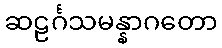
ဆဠင်္ဂသမန္နာဂတော